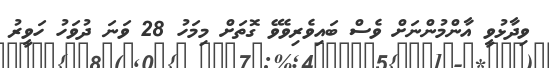
ވިދާޅުވީ އާންމުންނަށް ވެސް ބައިވެރިވެވޭ ގޮތަށް މިމަހު 28 ވަނަ ދުވަހު ހަވީރު